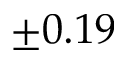
\pm 0 . 1 9